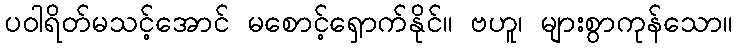
ပဝါရိတ်မသင့်အောင် မစောင့်ရှောက်နိုင်။ ဗဟူ၊ များစွာကုန်သော။